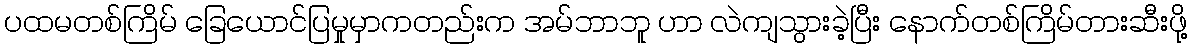
ပထမတစ်ကြိမ် ခြေယောင်ပြမှုမှာကတည်းက အမ်ဘာဘူ ဟာ လဲကျသွားခဲ့ပြီး နောက်တစ်ကြိမ်တားဆီးဖို့